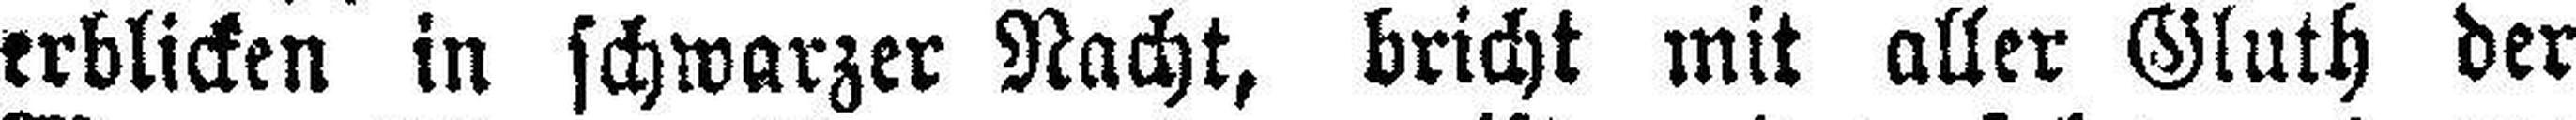
erblicken in schwarzer Nacht, bricht mit aller Gluth der